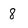
Character: 8